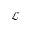
\mathcal { L }